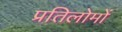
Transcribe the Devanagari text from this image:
प्रतिलोमों